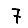
Digit: 7